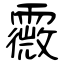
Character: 霺